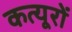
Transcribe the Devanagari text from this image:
कत्यूरों